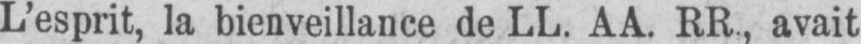
L’esprit, la bienveillance de LL. AA. RR, avait